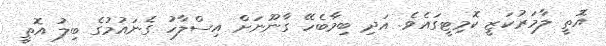
އޮތީ ލާމަރުކަޒީ ކޮމިޓީގައެވެ. އަދި ބިމާބެހޭ ގާނޫނަށް އިސްލާހު ގެނައުމުގެ ބިލު އޮތީ